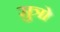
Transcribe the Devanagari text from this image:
सुत्रो